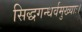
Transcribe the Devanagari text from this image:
सिद्धगन्धर्वमुख्याः।